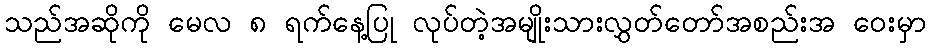
သည်အဆိုကို မေလ ၈ ရက်နေ့ပြု လုပ်တဲ့အမျိုးသားလွှတ်တော်အစည်းအ ဝေးမှာ